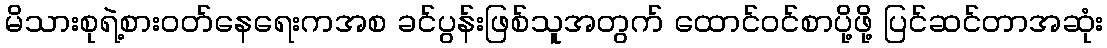
မိသားစုရဲ့စားဝတ်နေရေးကအစ ခင်ပွန်းဖြစ်သူအတွက် ထောင်ဝင်စာပို့ဖို့ ပြင်ဆင်တာအဆုံး